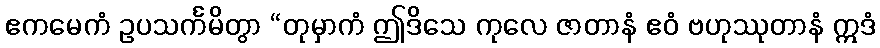
ဧကမေကံ ဥပသင်္ကမိတွာ “တုမှာကံ ဤဒိသေ ကုလေ ဇာတာနံ ဧဝံ ဗဟုဿုတာနံ ဣဒံ